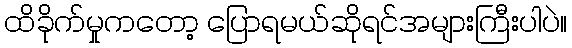
ထိခိုက်မှုကတော့ ပြောရမယ်ဆိုရင်အများကြီးပါပဲ။